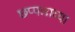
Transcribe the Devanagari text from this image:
छप्पन्नाव्या